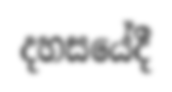
දහසයේදී